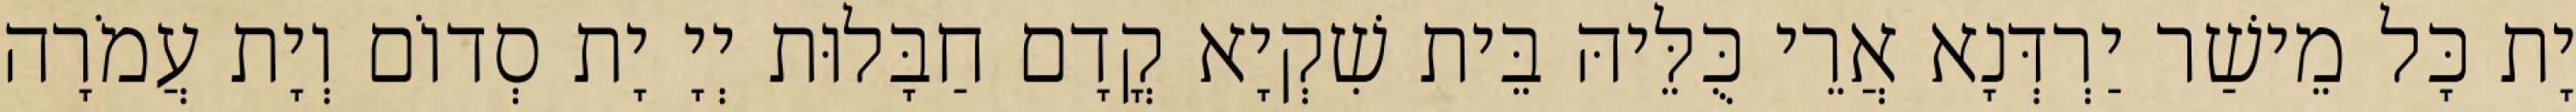
יָת כָּל מֵישַׁר יַרְדְּנָא אֲרֵי כֻּלֵּיהּ בֵּית שִׁקְיָא קֳדָם חַבָּלוּת יְיָ יָת סְדוֹם וְיָת עֲמֹרָה